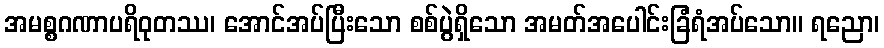
အမစ္စဂဏာပရိဝုတဿ၊ အောင်အပ်ပြီးသော စစ်ပွဲရှိသော အမတ်အပေါင်းခြံရံအပ်သော။ ရညော၊